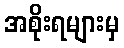
အစိုးရများမှ